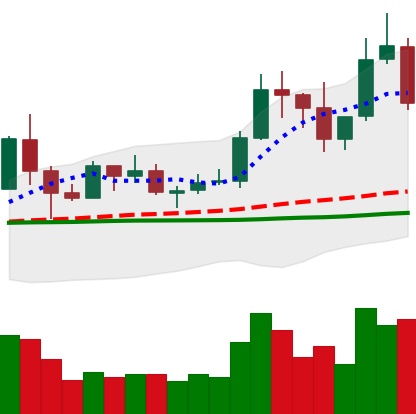
Ticker: TRX-USD
Chart end date: 2019-06-03
Forward return: -4.608%
Label: down_3_5